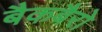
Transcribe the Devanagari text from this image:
बैकबैरो